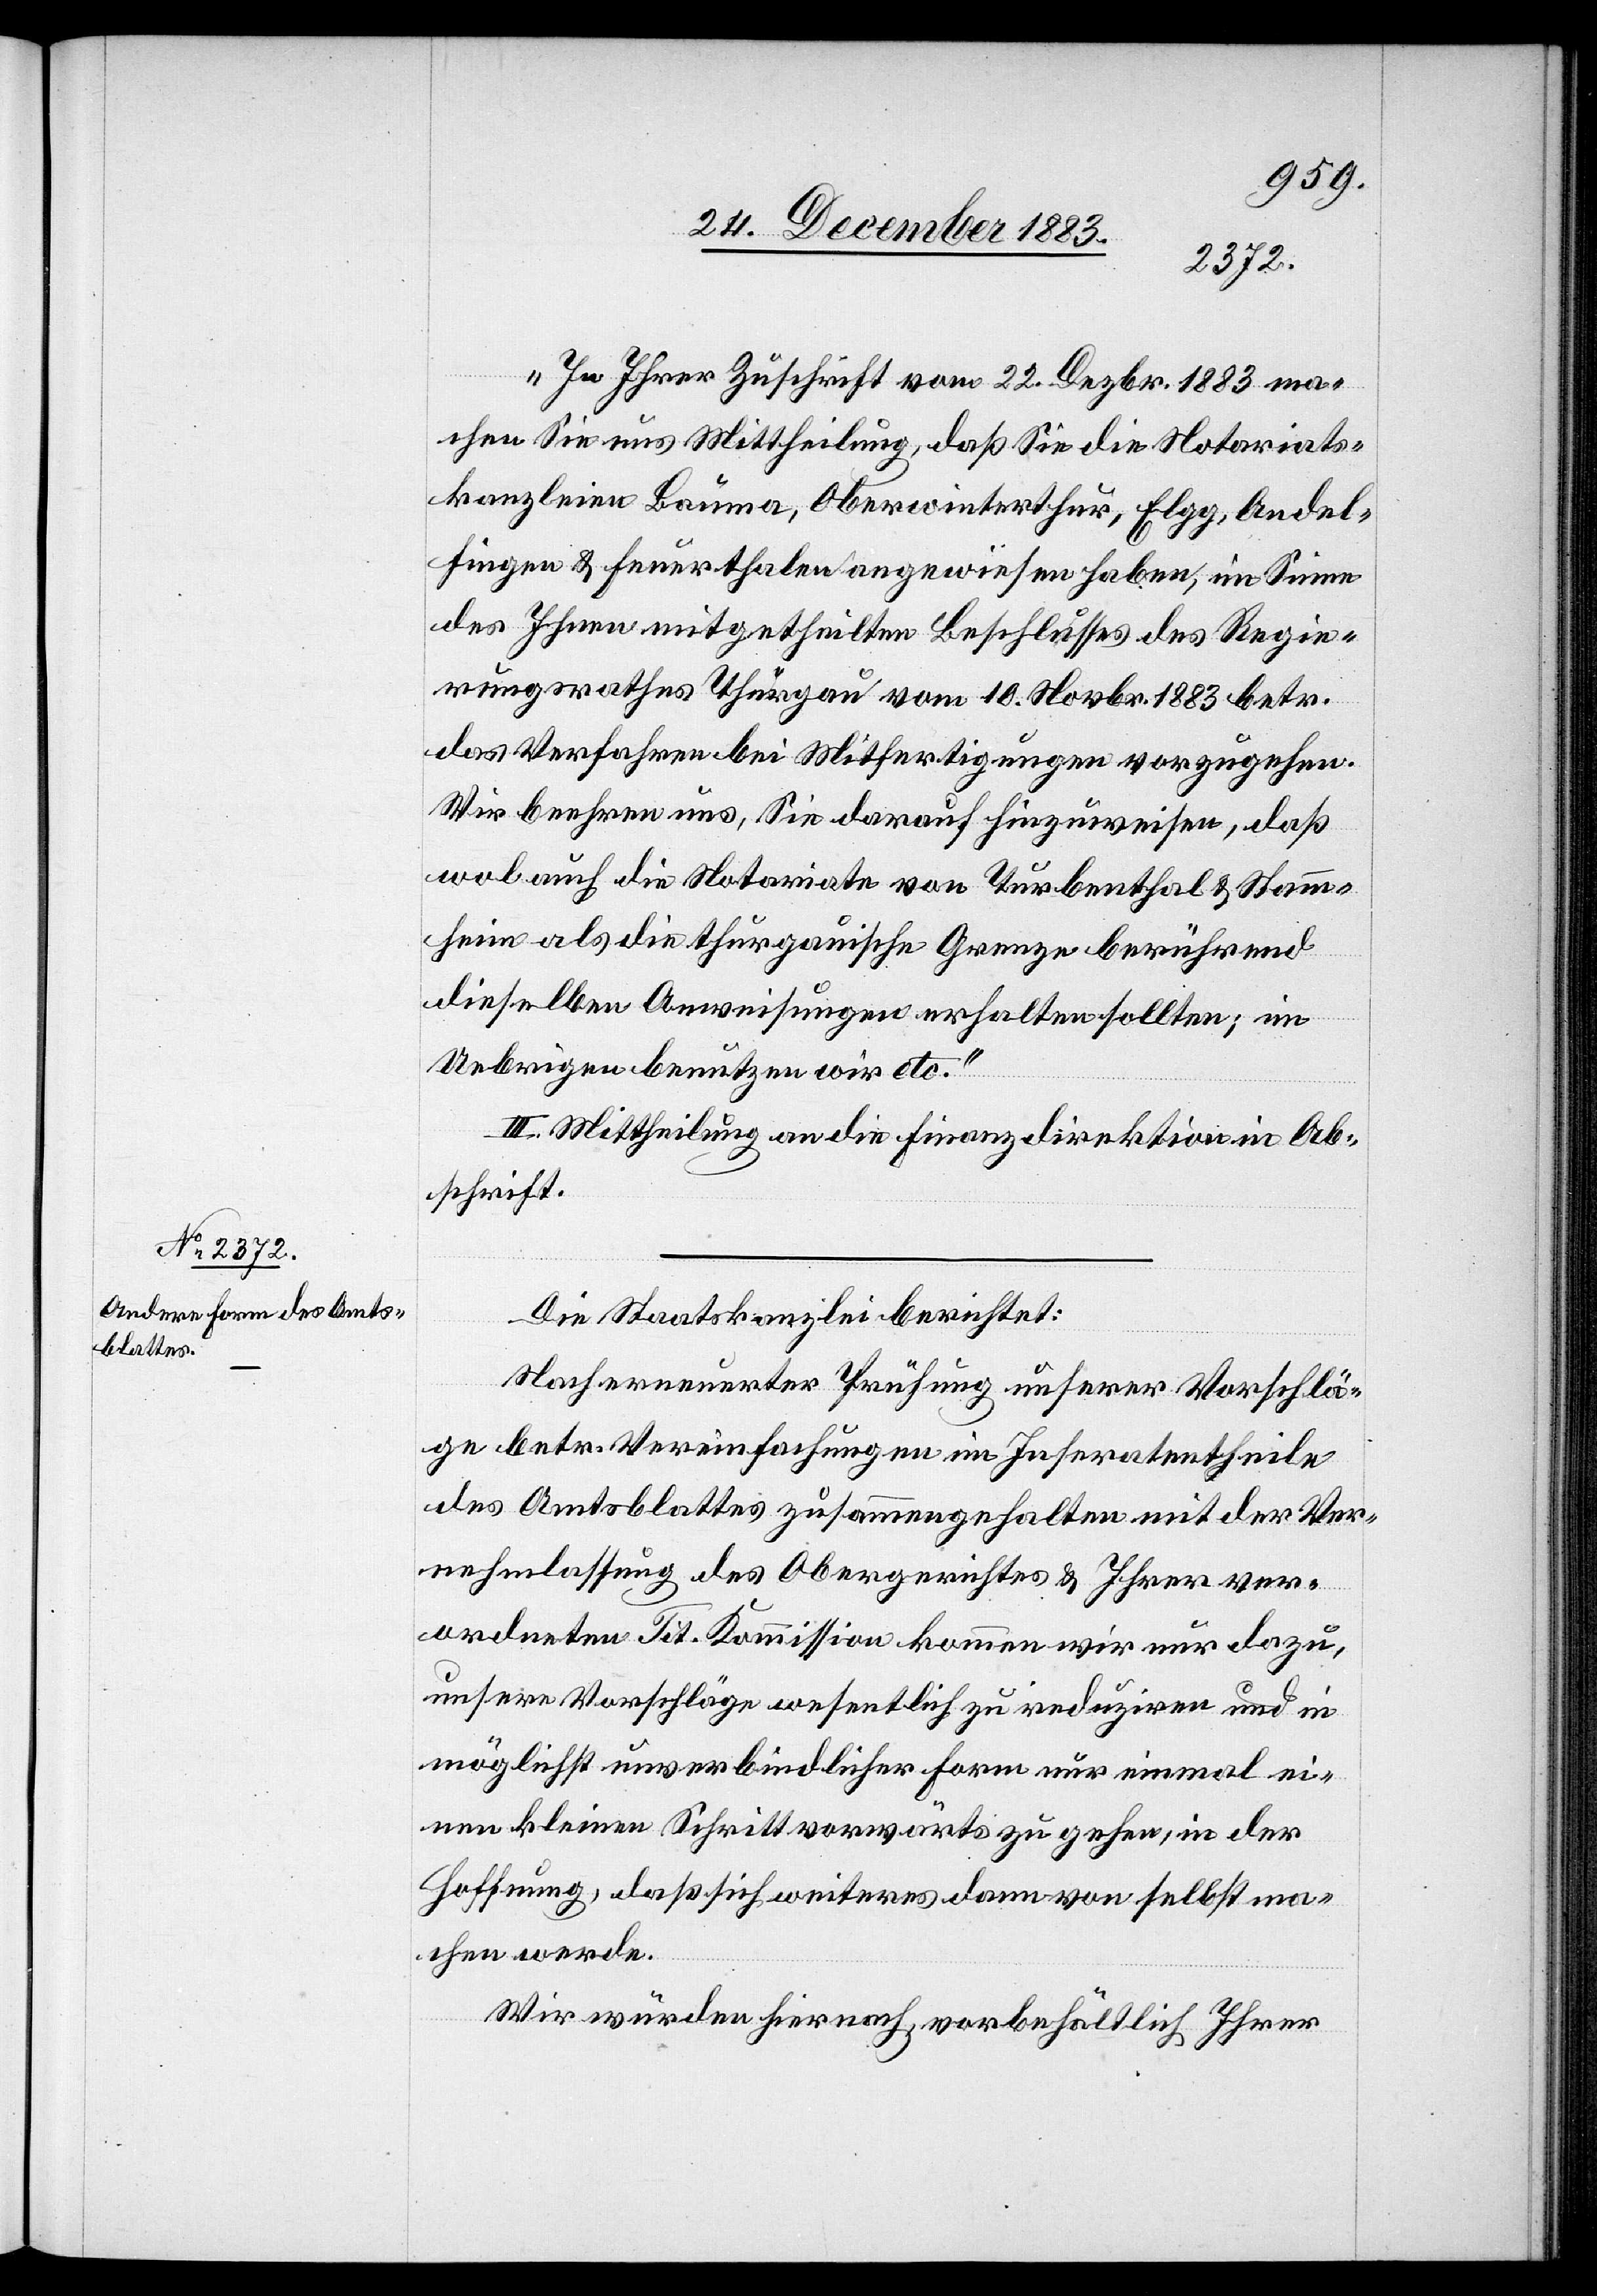
„In Ihrer Zuschrift vom 22. Dezbr. 1883 ma¬
chen Sie uns Mittheilung, daß Sie die Notariats¬
kanzleien Bauma, Oberwinterthur, Elgg, Andel¬
fingen & Feuerthalen angewiesen haben, im Sinne
des Ihnen mitgetheilten Beschlusses des Regie¬
rungsrathes Thurgau vom 10. Novbr. 1883 betr.
das Verfahren bei Mitfertigungen vorzugehen.
Wir beehren uns, Sie darauf hinzuweisen, daß
wol auch die Notariate von Turbenthal & Stamm¬
heim als die thurgauische Grenze berührend
dieselben Anweisungen erhalten sollten; im
Uebrigen benutzen wir etc.“
III. Mittheilung an die Finanzdirektion in Ab¬
schrift.
Die Staatskanzlei berichtet:
Nach erneuter Prüfung unserer Vorschlä¬
ge betr. Vereinfachungen im Inseratentheile
des Amtsblattes zusammengehalten mit der Ver¬
nehmlassung des Obergerichtes & Ihrer ver¬
ordneten Tit. Kommission kommen wir nur
unsere Vorschläge wesentlich zu reduziren und in
möglichst unverbindlicher Form nur einmal ei¬
nen kleinen Schritt vorwärts zu gehen, in der
Hoffnung, daß sich weiteres dann von selbst ma¬
chen werde.
Wir würden hiernach, vorbehältlich Ihrer